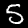
Label: 5